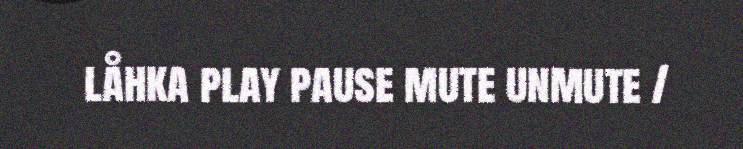
låhka play pause mute unmute /